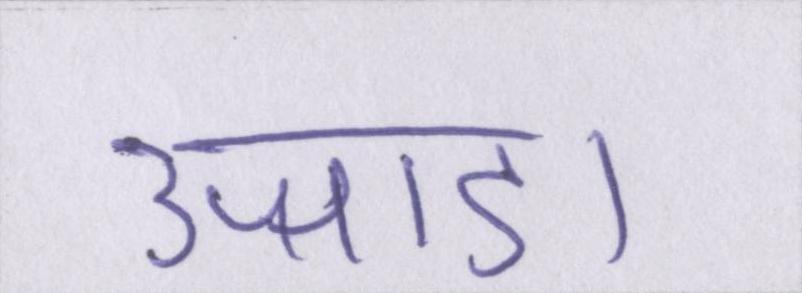
उजाडा